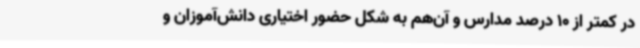
در کمتر از 10 درصد مدارس و آن‌هم به شکل حضور اختیاری دانش‌آموزان و